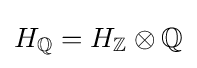
H_{\mathbb {Q} }=H_{\mathbb {Z} }\otimes \mathbb {Q}